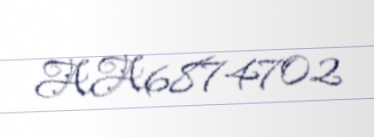
AA6874702